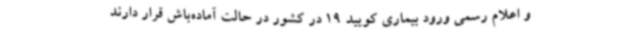
و اعلام رسمی ورود بیماری کویید 19 در کشور در حالت آماده‌باش قرار دارند